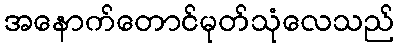
အနောက်တောင်မုတ်သုံလေသည်